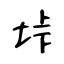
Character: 垰